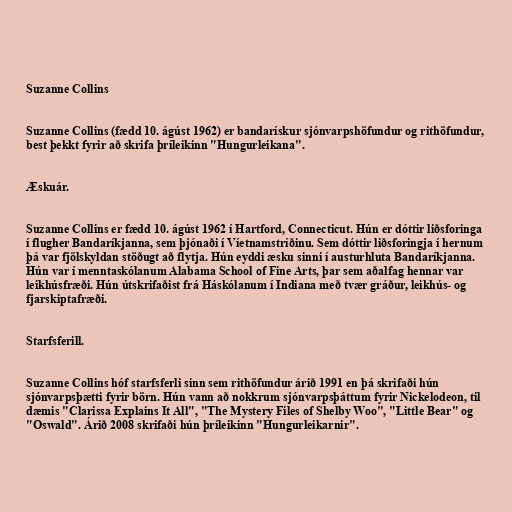
Suzanne Collins

Suzanne Collins (fædd 10. ágúst 1962) er bandarískur sjónvarpshöfundur og rithöfundur,
best þekkt fyrir að skrifa þríleikinn "Hungurleikana".

Æskuár.

Suzanne Collins er fædd 10. ágúst 1962 í Hartford, Connecticut. Hún er dóttir liðsforinga
í flugher Bandaríkjanna, sem þjónaði í Víetnamstríðinu. Sem dóttir liðsforingja í hernum
þá var fjölskyldan stöðugt að flytja. Hún eyddi æsku sinni í austurhluta Bandaríkjanna.
Hún var í menntaskólanum Alabama School of Fine Arts, þar sem aðalfag hennar var
leikhúsfræði. Hún útskrifaðist frá Háskólanum í Indiana með tvær gráður, leikhús- og
fjarskiptafræði.

Starfsferill.

Suzanne Collins hóf starfsferli sinn sem rithöfundur árið 1991 en þá skrifaði hún
sjónvarpsþætti fyrir börn. Hún vann að nokkrum sjónvarpsþáttum fyrir Nickelodeon, til
dæmis "Clarissa Explains It All", "The Mystery Files of Shelby Woo", "Little Bear" og
"Oswald". Árið 2008 skrifaði hún þríleikinn "Hungurleikarnir".